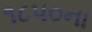
૧૮૫૦ના